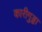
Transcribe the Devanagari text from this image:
कारीगुड्डा